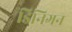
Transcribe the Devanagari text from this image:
डिनिगन